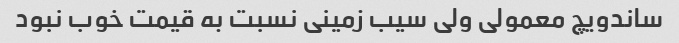
ساندویچ معمولی ولی سیب زمینی نسبت به قیمت خوب نبود